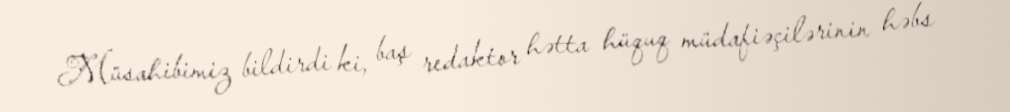
Müsahibimiz bildirdi ki, baş redaktor hətta hüquq müdafiəçilərinin həbs